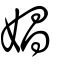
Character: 娼